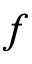
f